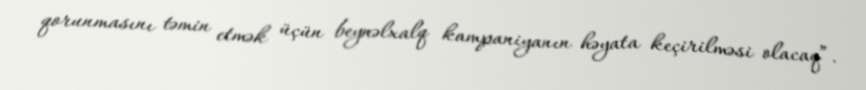
qorunmasını təmin etmək üçün beynəlxalq kampaniyanın həyata keçirilməsi olacaq”.